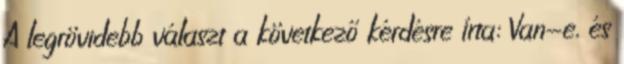
A legrövidebb választ a következő kérdésre írta: Van-e, és